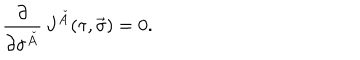
LaTeX: \frac { \partial } { \partial \sigma ^ { \check { A } } } \, J ^ { \check { A } } ( \tau , \vec { \sigma } ) = 0 .